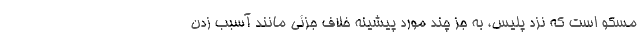
مسکو است که نزد پلیس، به جز چند مورد پیشینه خلاف جزئی مانند آسبب زدن